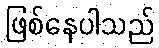
ဖြစ်နေပါသည်